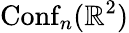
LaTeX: \operatorname{Conf}_{n}(\mathbb{R}^{2})